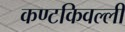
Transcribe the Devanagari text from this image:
कण्टकिवल्ली